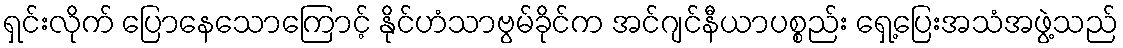
ရှင်းလိုက် ပြောနေသောကြောင့် နိုင်ဟံသာဗွမ်ခိုင်က အင်ဂျင်နီယာပစ္စည်း ရှေ့ပြေးအသံအဖွဲ့သည်